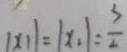
\vert x _ { 1 } \vert = \vert x _ { 1 } \vert = \frac { 3 } { 2 }